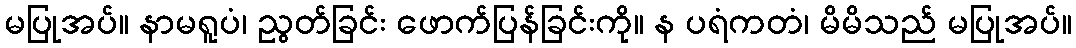
မပြုအပ်။ နာမရူပံ၊ ညွတ်ခြင်း ဖောက်ပြန်ခြင်းကို။ န ပရံကတံ၊ မိမိသည် မပြုအပ်။